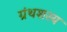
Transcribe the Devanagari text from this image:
ग्रंथशस्य